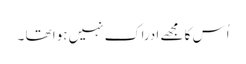
اُس کا مجھے ادراک نہیں ہوا تھا ۔